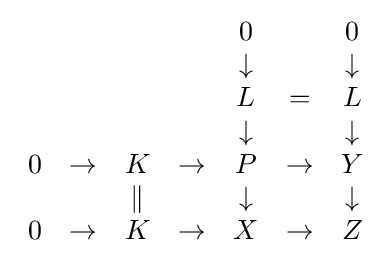
{\begin{array}{ccccccc}&&&&0&&0\\&&&&\downarrow &&\downarrow \\&&&&L&=&L\\&&&&\downarrow &&\downarrow \\0&\rightarrow &K&\rightarrow &P&\rightarrow &Y\\&&\parallel &&\downarrow &&\downarrow \\0&\rightarrow &K&\rightarrow &X&\rightarrow &Z\end{array}}